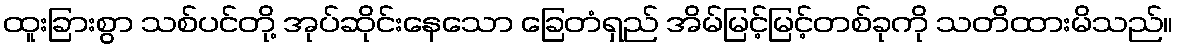
ထူးခြားစွာ သစ်ပင်တို့ အုပ်ဆိုင်းနေသော ခြေတံရှည် အိမ်မြင့်မြင့်တစ်ခုကို သတိထားမိသည်။